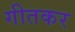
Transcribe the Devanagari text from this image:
गीतकर